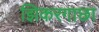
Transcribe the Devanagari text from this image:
झिकरगाछा